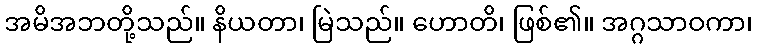
အမိအဘတို့သည်။ နိယတာ၊ မြဲသည်။ ဟောတိ၊ ဖြစ်၏။ အဂ္ဂသာဝကာ၊